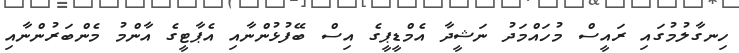
ހިނގާލުމުގައި ރައީސް މުހައްމަދު ނަޝީދާ އެމްޑީޕީގެ އިސް ބޭފުޅުންނާއި އެޕާޓީގެ އާންމު މެންބަރުންނާއި